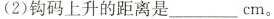
(2)钩码上升的距离是 ___ cm。